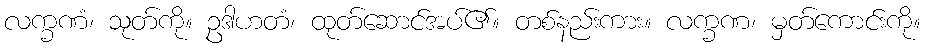
လက္ခဏံ၊ သုတ်ကို။ ဥဒါဟတံ၊ ထုတ်ဆောင်အပ်၏။ တစ်နည်းကား။ လက္ခဏ၊ မှတ်ကောင်းကို။